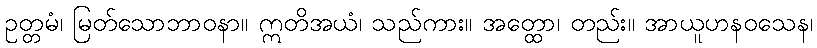
ဥတ္တမံ၊ မြတ်သောဘာဝနာ။ ဣတိအယံ၊ သည်ကား။ အတ္ထော၊ တည်း။ အာယူဟနဝသေန၊